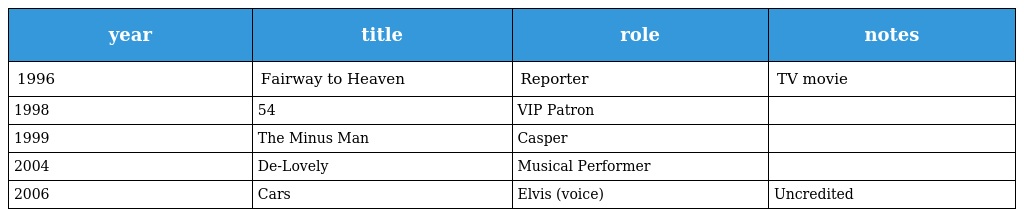
| year | title | role | notes |
 | --- | --- | --- | --- |
 | 1996 | Fairway to Heaven | Reporter | TV movie |
 | 1998 | 54 | VIP Patron |  |
 | 1999 | The Minus Man | Casper |  |
 | 2004 | De-Lovely | Musical Performer |  |
 | 2006 | Cars | Elvis (voice) | Uncredited |